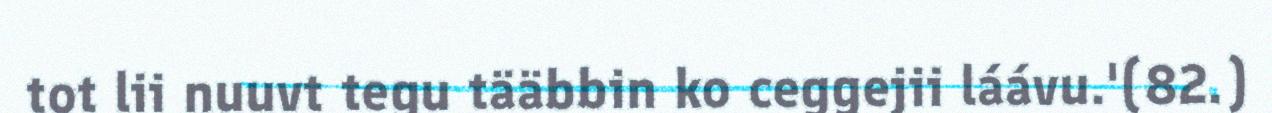
tot lii nuuvt tegu tääbbin ko ceggejii láávu.'(82.)